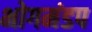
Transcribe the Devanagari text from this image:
भोगमंडप